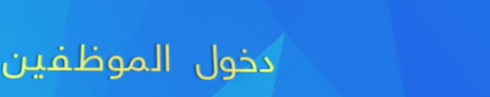
دخول الموظفين